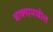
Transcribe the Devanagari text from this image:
त्राक्यामधील